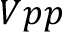
V p p